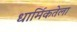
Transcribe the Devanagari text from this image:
धार्मिकतेला